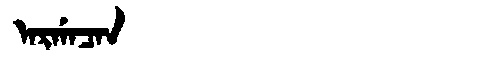
Manchu: ᠠᡵᡤᠠᠴᠠᠨ
Romanization: ARGACAN